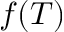
f ( T )